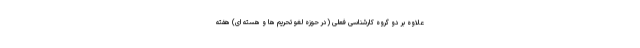
علاوه بر دو گروه کارشناسی فعلی (در حوزه لغو تحریم ها و هسته ای) هفته